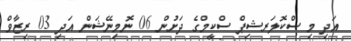
އަދި މި ސްކޮލަރޝިޕް ސްކީމްގެ ދަށުން 06 ނޮމިނޭޝަން އަދި 03 ރިޒާވް